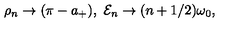
\rho _ { n } \rightarrow ( \pi - a _ { + } ) , \ { \cal E } _ { n } \rightarrow ( n + 1 / 2 ) \omega _ { 0 } ,